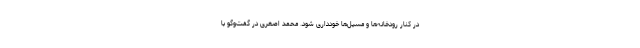
در کنار رودخانه‌ها و مسیل‌ها خودداری شود. محمد اصغری در گفت‌وگو با